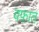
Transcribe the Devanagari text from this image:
वफ़ात